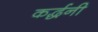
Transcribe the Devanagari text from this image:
कर्द्धनी